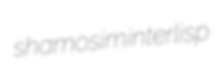
shamosim interlisp